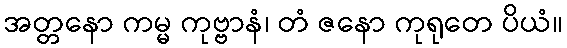
အတ္တနော ကမ္မ ကုဗ္ဗာနံ၊ တံ ဇနော ကုရုတေ ပိယံ။